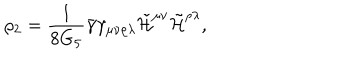
LaTeX: \rho _ { 2 } = \frac { 1 } { 8 G _ { 5 } } \bar { \gamma } \gamma _ { \mu \nu \rho \lambda } \tilde { \cal H } ^ { \mu \nu } \tilde { \cal H } ^ { \rho \lambda } ,